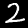
Digit: 2